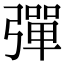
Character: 彈